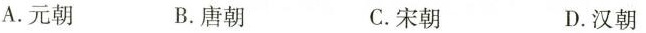
A.元朝 B.唐朝 C.宋朝 D.汉朝